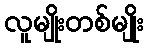
လူမျိုးတစ်မျိုး